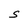
Character: S